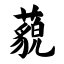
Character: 藐